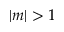
| m | > 1